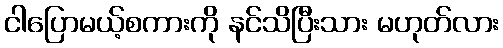
ငါပြောမယ့်စကားကို နင်သိပြီးသား မဟုတ်လား